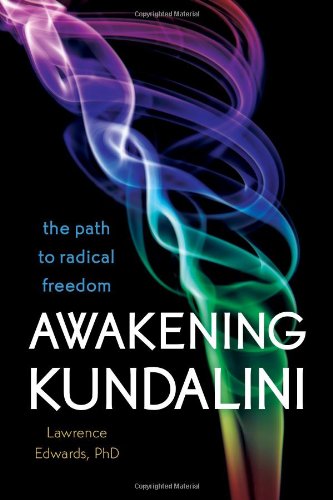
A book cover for Awakening Kundalini: The Path to Radical Freedom; Lawrence Edwards PhD; Health, Fitness & Dieting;